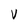
Character: v